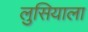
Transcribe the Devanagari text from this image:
लुसियाला